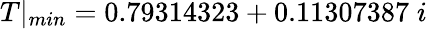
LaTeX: T|_{min}=0.79314323+0.11307387\; i